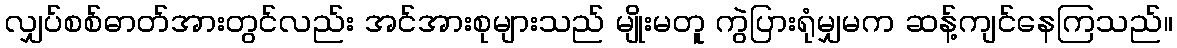
လျှပ်စစ်ဓာတ်အားတွင်လည်း အင်အားစုများသည် မျိုးမတူ ကွဲပြားရုံမျှမက ဆန့်ကျင်နေကြသည်။